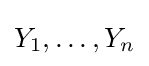
Y_{1},\ldots ,Y_{n}